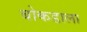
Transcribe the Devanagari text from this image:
बोकडाला